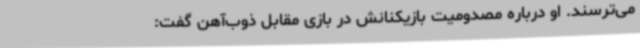
می‌ترسند. او درباره مصدومیت بازیکنانش در بازی مقابل ذوب‌آهن گفت:‌